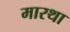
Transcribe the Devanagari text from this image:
मारथा